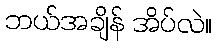
ဘယ်အချိန် အိပ်လဲ။